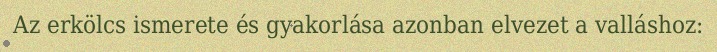
Az erkölcs ismerete és gyakorlása azonban elvezet a valláshoz: